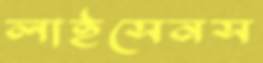
লাইসেনস